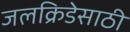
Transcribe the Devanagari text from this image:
जलक्रिडेसाठी